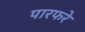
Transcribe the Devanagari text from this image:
पारफरे